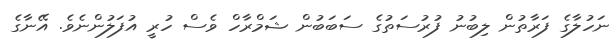
ނަހުލާގެ ފަރާތުން ލިބުނު ފުރުސަތުގެ ސަބަބުން ޝަމްރާހް ވެސް ހުރީ އުފަލުންނެވެ. އޭނާގެ